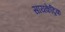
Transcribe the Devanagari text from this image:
सायकेट्रिक